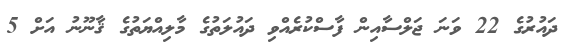
ދައުރުގެ 22 ވަނަ ޖަލްސާއިން ފާސްކުރެއްވި ދައުލަތުގެ މާލިއްޔަތުގެ ޤާނޫނު އަށް 5